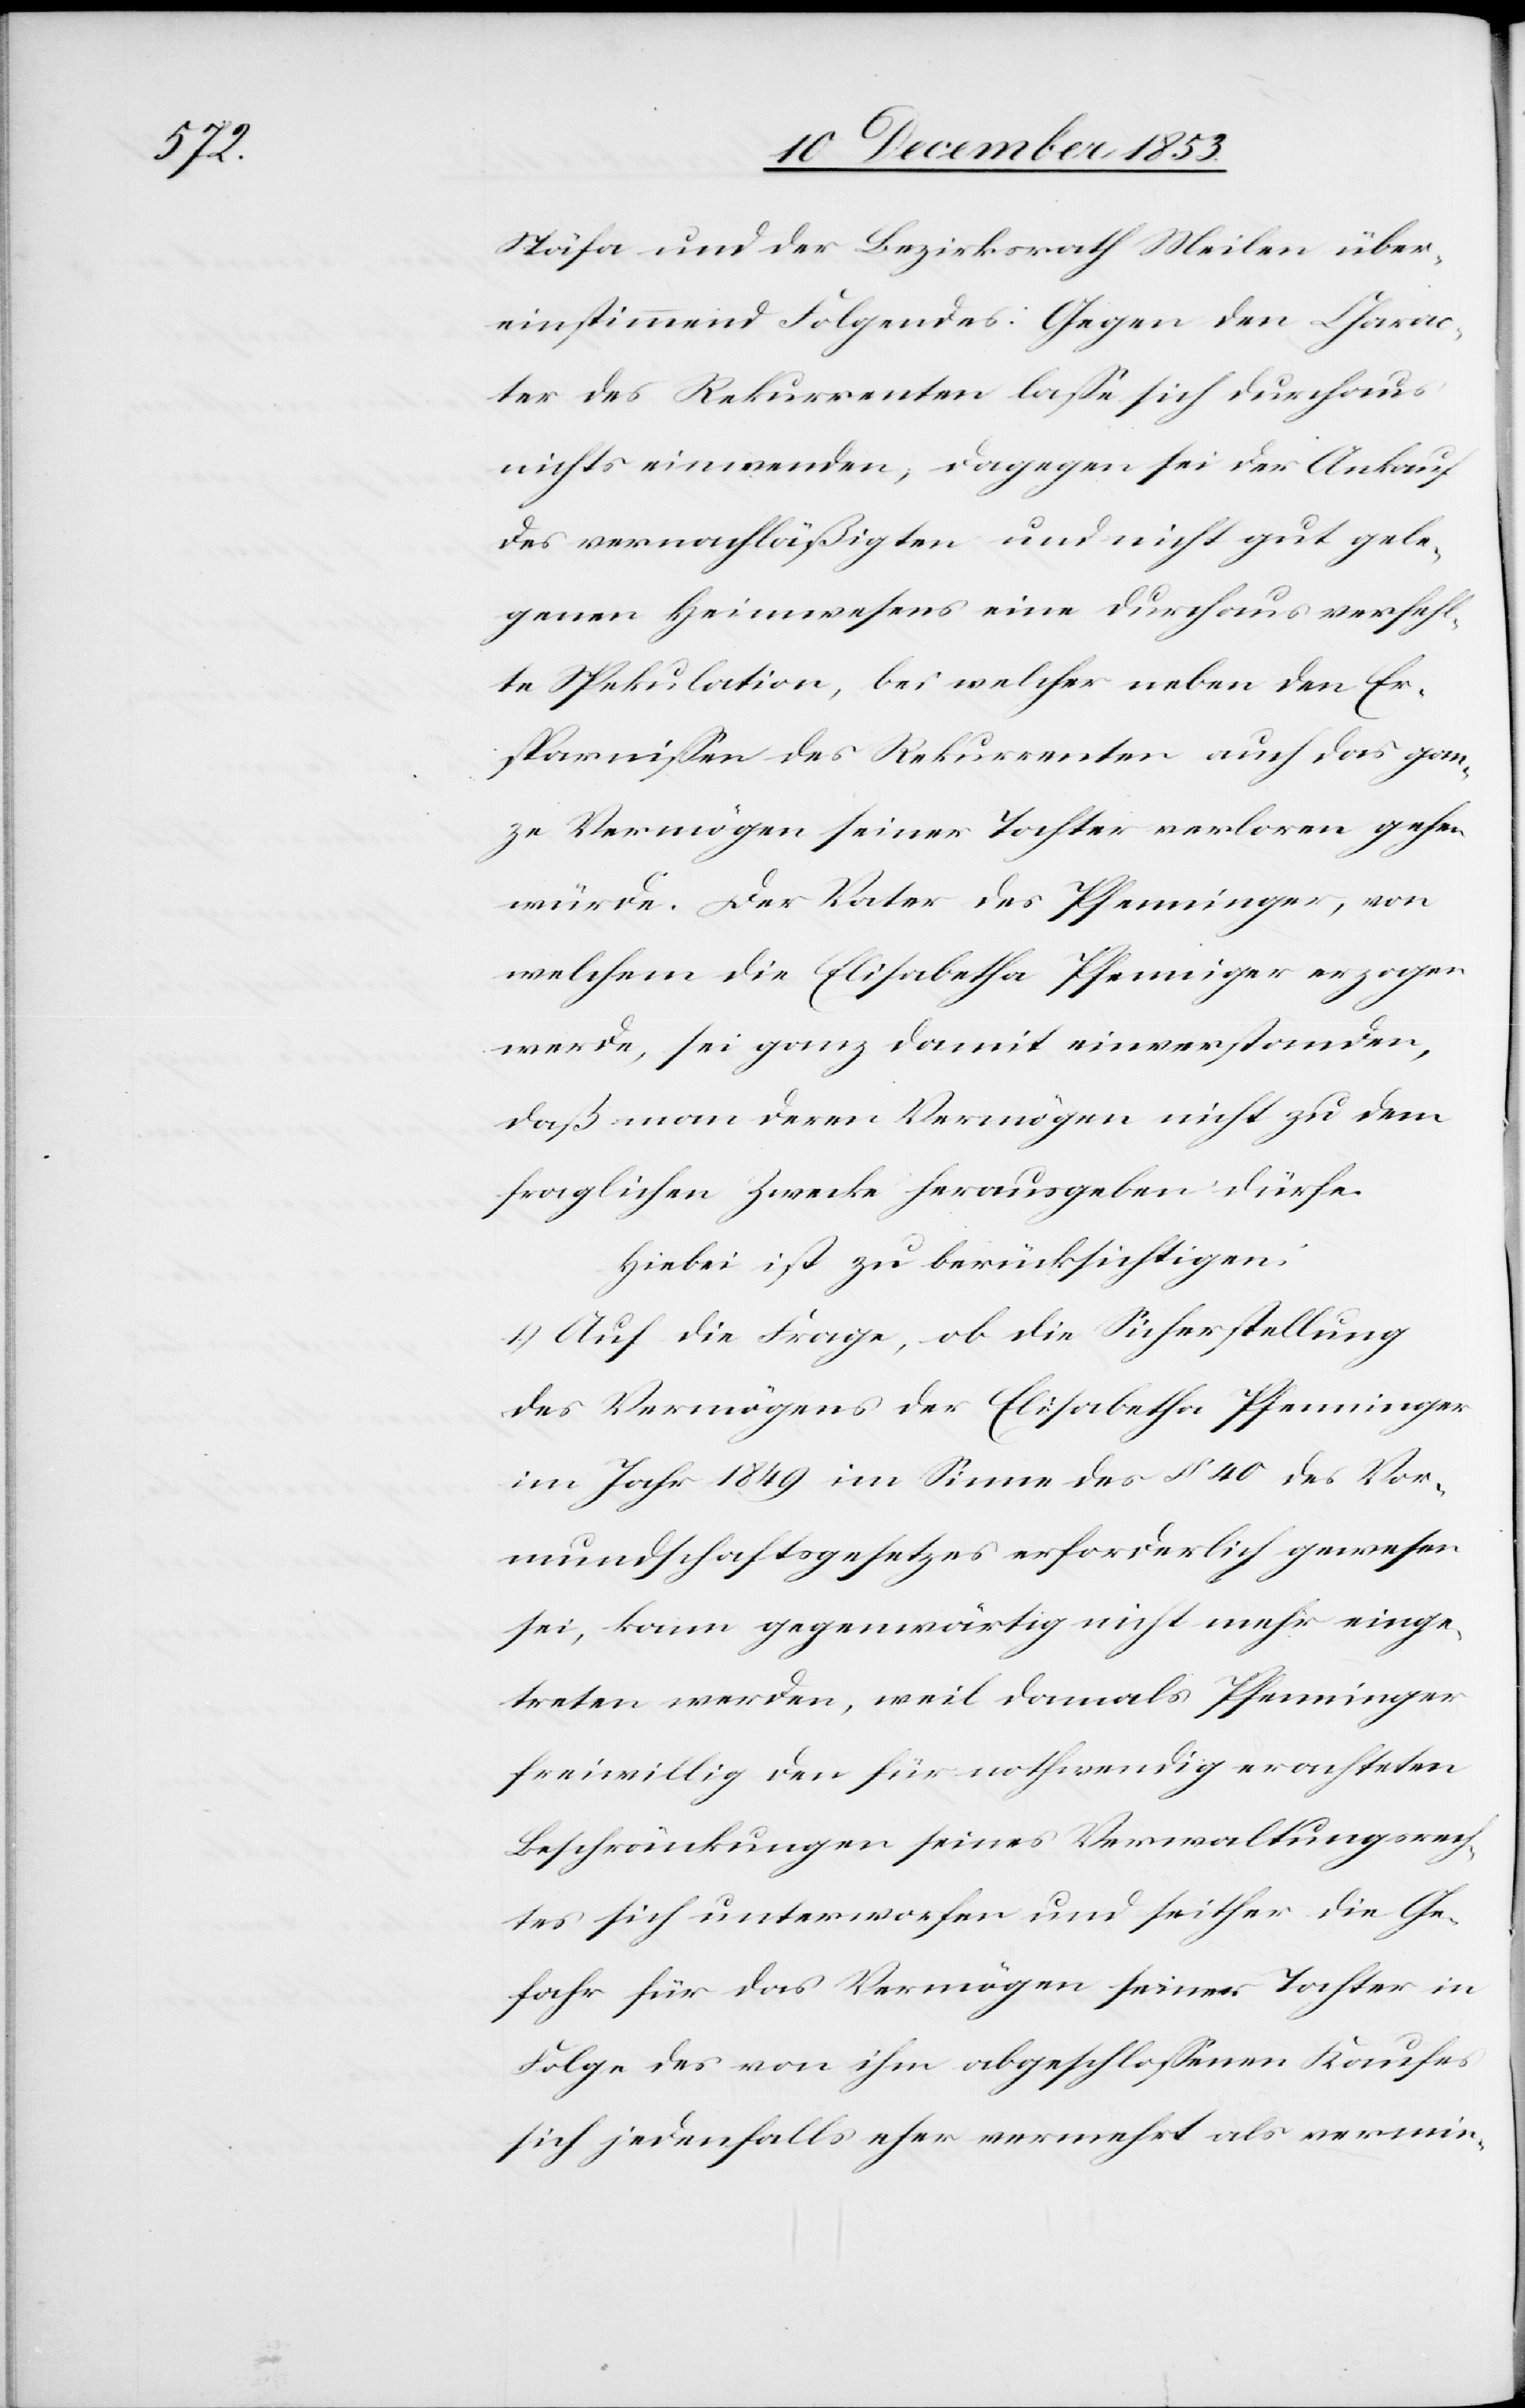
Stäfa und der Bezirksrath Meilen über¬
einstimmend Folgendes: Gegen den Charac¬
ter des Rekurrenten laße sich durchaus
nichts einwenden, dagegen sei der Ankauf
des vernachläßigten und nicht gut gele¬
genen Heimwesens eine durchaus verfehl¬
te Spekulation, bei welcher neben den Er¬
sparnißen des Rekurrenten auch das gan¬
ze Vermögen seiner Tochter verloren gehen
würde. Der Vater des Pfenninger, von
welchem die Elisabetha Pfenniger [sic!] erzogen
werde, sei ganz damit einverstanden,
daß man deren Vermögen nicht zu dem
fraglichen Zwecke herausgeben dürfe.
Hiebei ist zu berücksichtigen:
1) Auf die Frage, ob die Sicherstellung
des Vermögens der Elisabetha Pfenninger
im Jahr 1849 im Sinne des § 40 des Vor¬
mundschaftsgesetzes erforderlich gewesen
sei, kann gegenwärtig nicht mehr einge¬
treten werden, weil damals Pfenninger
freiwillig den für nothwendig erachteten
Beschränkungen seines Verwaltungsrech¬
tes sich unterworfen und seither die Ge¬
fahr für das Vermögen seiner Tochter in
Folge des von ihm abgeschloßenen Kaufes
sich jedenfalls eher vermehrt als vermin-